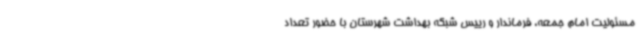
مسئولیت امام جمعه، فرماندار و رییس شبکه بهداشت شهرستان با حضور تعداد